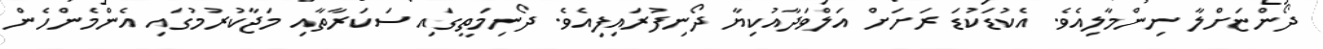
ދޯންޏަށްލާ ނިންމާލިއެވެ. އެކުޑަކުޑަ ރަށަށް އަލްވަދާއުކިޔާ ދޯނިފުރައިފިއެވެ. ދޯނިމަތީގައި ސަކަރާތާއި މަޖާކުރުމުގައި އެންމެންހެން